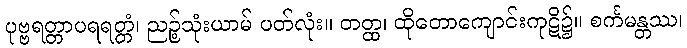
ပုဗ္ဗရတ္တာပရရတ္တံ၊ ညဉ့်သုံးယာမ် ပတ်လုံး။ တတ္ထ၊ ထိုတောကျောင်းကုဋိ၌။ စင်္ကမန္တဿ၊